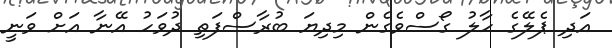
އަދި ޕެލޭގެ ހާލު ގޯސްވެގެން މިދިޔަ ބުރާސްފަތި ދުވަހު އޭނާ އަށް ވަނީ